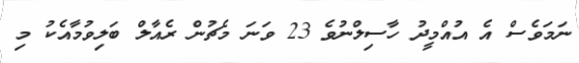
ނަމަވެސް އެ އުއްމީދު ހާސިލްނުވެ 23 ވަނަ މެޗުން ރެއާލް ބަލިވުމާއެކު މި